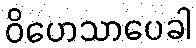
ဝိဟေသာပေခါ